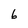
Character: 6